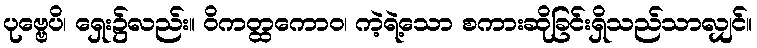
ပုဗ္ဗေပိ၊ ရှေး၌လည်း။ ဝိကတ္ထကောဝ၊ ကဲ့ရဲ့သော စကားဆိုခြင်းရှိသည်သာလျှင်။